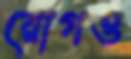
রোগও